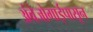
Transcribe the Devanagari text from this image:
अंबेजोगाईपासून